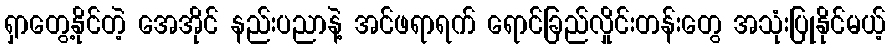
ရှာတွေ့နိုင်တဲ့ အေအိုင် နည်းပညာနဲ့ အင်ဖရာရက် ရောင်ခြည်လှိုင်းတန်းတွေ အသုံးပြုနိုင်မယ့်